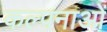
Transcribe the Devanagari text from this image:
कल्‍पनाओं